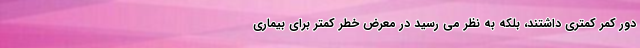
دور کمر کمتری داشتند، بلکه به نظر می رسید در معرض خطر کمتر برای بیماری